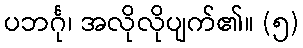
ပဘင်္ဂု၊ အလိုလိုပျက်၏။ (၅)